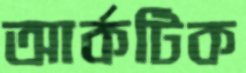
আর্কটিক